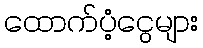
ထောက်ပံ့ငွေများ